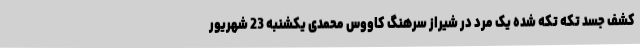
کشف جسد تکه تکه شده یک مرد در شیراز سرهنگ کاووس محمدی یکشنبه 23 شهریور